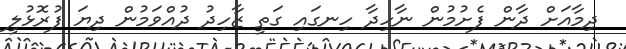
ދިމާއަށް ދާން ފެށުމުން ނާހިދާ ހިނގައި ގަތީ ޒާހިދު ދުއްވަމުން ދިޔަ ފުރޮޅުލީ